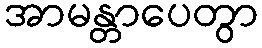
အာမန္တာပေတွာ